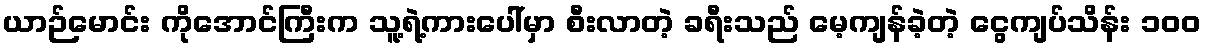
ယာဉ်မောင်း ကိုအောင်ကြီးက သူ့ရဲ့ကားပေါ်မှာ စီးလာတဲ့ ခရီးသည် မေ့ကျန်ခဲ့တဲ့ ငွေကျပ်သိန်း ၁၀၀